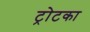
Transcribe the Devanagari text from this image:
ट्रोटका